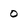
Character: o